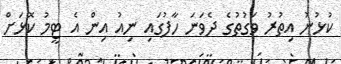
ކުޅުނު އިތުރު ވަގުތުގެ ދެވަނަ ހާފުގައި ނިއު އިން އެ ޓީމު ކޮޅަށް